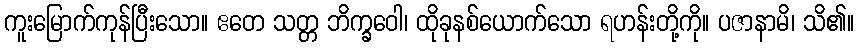
ကူးမြောက်ကုန်ပြီးသော။ ဧတေ သတ္တ ဘိက္ခဝေါ၊ ထိုခုနစ်ယောက်သော ရဟန်းတို့ကို။ ပဇာနာမိ၊ သိ၏။